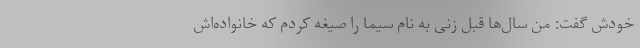
خودش گفت: من سال‌ها قبل زنی به نام سیما را صیغه کردم که خانواده‌اش